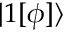
| 1 [ \phi ] \rangle